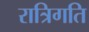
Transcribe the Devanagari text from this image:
रात्रिगति